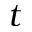
t